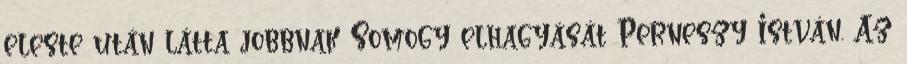
eleste után látta jobbnak Somogy elhagyását Perneszy István. Az